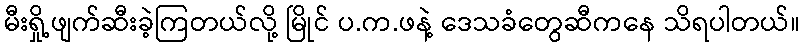
မီးရှို့ဖျက်ဆီးခဲ့ကြတယ်လို့ မြိုင် ပ.က.ဖနဲ့ ဒေသခံတွေဆီကနေ သိရပါတယ်။